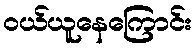
ဝယ်ယူနေကြောင်း